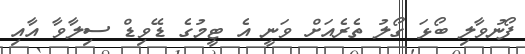
ފޯނުވާލި ބޯޅަ ގޯލު ތެރެއަށް ވަނީ އެ ޓީމުގެ ޑޭވިޑް ސިލާވާ އާއި